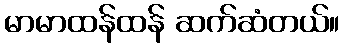
မာမာထန်ထန် ဆက်ဆံတယ်။